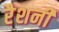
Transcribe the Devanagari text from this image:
रैशनी